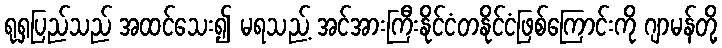
ရုရှပြည်သည် အထင်သေး၍ မရသည့် အင်အားကြီးနိုင်ငံတနိုင်ငံဖြစ်ကြောင်းကို ဂျာမန်တို့